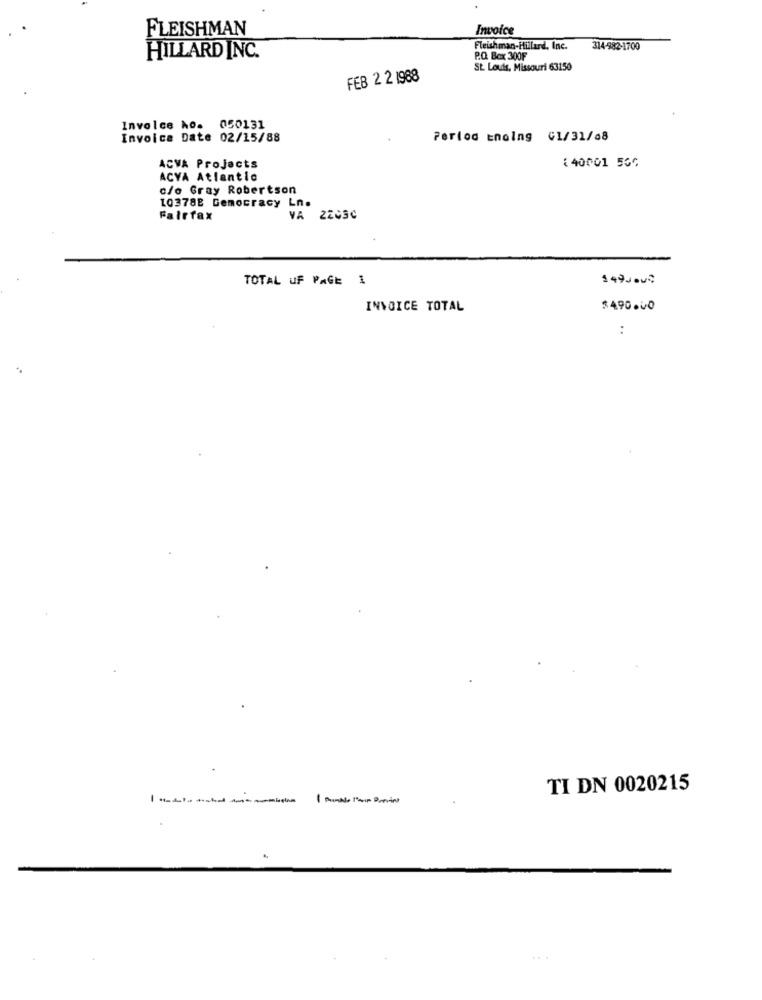
FLEISHMAN
Invoice
Fleishman-Hillard, Inc.
314-982-1700
HILLARD INC.
P.O. Box 300F
St. Louis, Missouri 63150
FEB 2 2 1988
Involce ho. 050131
Invoice Date 02/15/88
Period Enoing 01/31/a8
140001 556
ACVA Projects
ACYA Atlantic
c/o Gray Robertson
103788 Gemocracy Ln.
Fairfax
VA 22030
TOTAL OF PAGE 1
149Nov2
INVOICE TOTAL
$490.00
:
TI DN 0020215
1 Pontle l'ap Provint
.